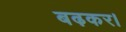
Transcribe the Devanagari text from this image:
बढ़कर।